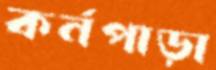
কর্নপাড়া